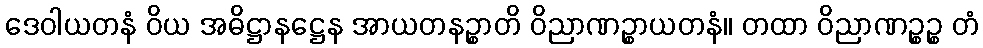
ဒေဝါယတနံ ဝိယ အဓိဋ္ဌာနဋ္ဌေန အာယတနဉ္စာတိ ဝိညာဏဉ္စာယတနံ။ တထာ ဝိညာဏဉ္စဉ္စ တံ